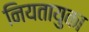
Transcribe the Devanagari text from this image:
नियतायुका